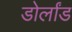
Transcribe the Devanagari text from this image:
डोर्लांड